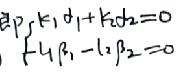
\begin{cases}
k p_{1}+k_{1} \beta_{1}+k_{2} \beta_{2}=0 \\
l_{1} \beta_{1}-l_{2} \beta_{2}=0
\end{cases}